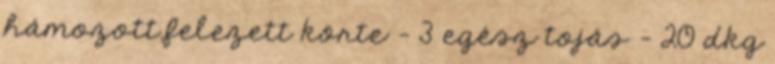
hámozott,felezett körte - 3 egész tojás - 20 dkg